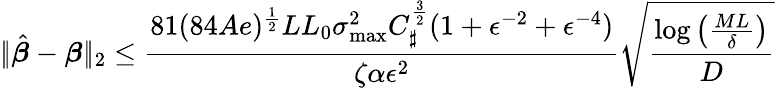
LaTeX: |\! |\hat{\boldsymbol{\beta}}-\boldsymbol{\beta}|\! |_{2}\leq\frac{81(84Ae)^{\frac 12}LL_{0}\sigma_{\operatorname*{max}}^{2}C_{\sharp}^{\frac 32}(1+\epsilon^{-2}+\epsilon^{-4})}{\zeta\alpha\epsilon^{2}}\sqrt{\frac{\log\left(\frac{ML}{\delta}\right)}D}